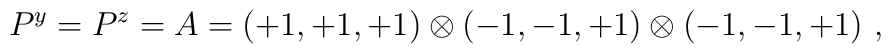
P^y=P^z=A=(+1, +1, +1)  \otimes (-1, -1, +1) \otimes (-1, -1, +1)~,~\,